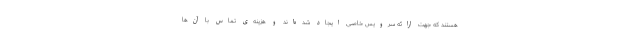
هستند که جهت ارائه سرویس خاصی ایجاد شده‌اند و هزینه‌ی تماس با آن‌ها